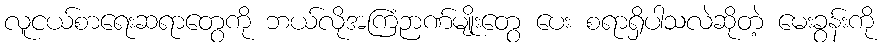
လူငယ်စာရေးဆရာတွေကို ဘယ်လိုအကြံဉာဏ်မျိုးတွေ ပေး စရာရှိပါသလဲဆိုတဲ့ မေးခွန်းကို